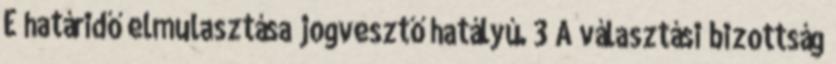
E határidő elmulasztása jogvesztő hatályú. 3 A választási bizottság